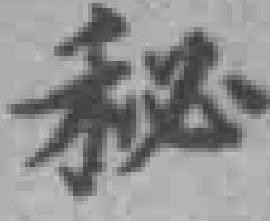
秘